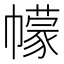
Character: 幪